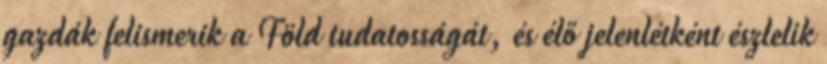
gazdák felismerik a Föld tudatosságát, és élő jelenlétként észlelik